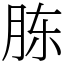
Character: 胨